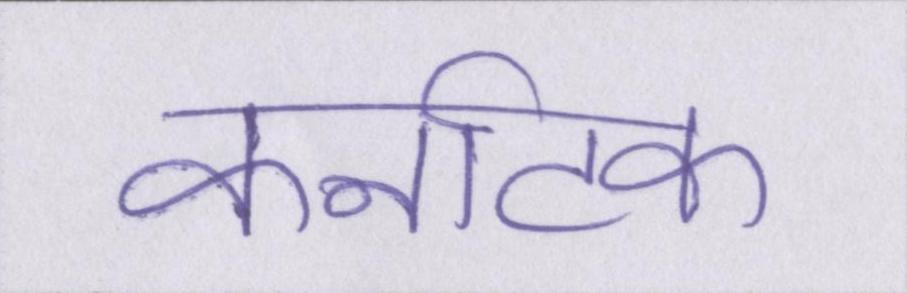
कर्नाटक